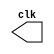

module clktrial1 (
	clk);	

	output		clk;
endmodule